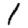
Digit: 1